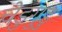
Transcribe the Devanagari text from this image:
चेडुगुडु